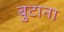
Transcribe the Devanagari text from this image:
बुटाना